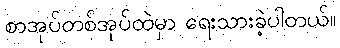
စာအုပ်တစ်အုပ်ထဲမှာ ရေးသားခဲ့ပါတယ်။